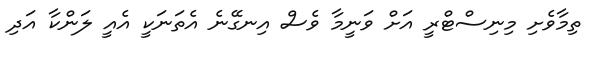
ތިމާވެށި މިނިސްޓްރީ އަށް ވަނީމާ ވެސް އިނގޭނެ އެތަނަކީ އެއީ ލަންކާ އަދި